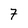
Character: 7